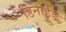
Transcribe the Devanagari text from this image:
डिनाईड